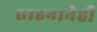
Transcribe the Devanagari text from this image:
वाहनानेही